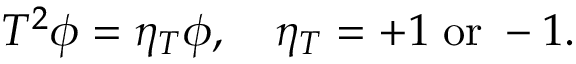
{ \cal T } ^ { 2 } \phi = \eta _ { T } \phi , \quad \eta _ { T } = + 1 \; \mathrm { o r } \; - 1 .